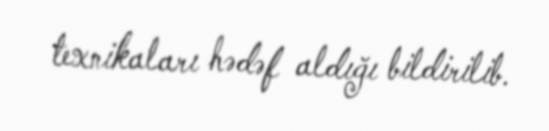
texnikaları hədəf aldığı bildirilib.